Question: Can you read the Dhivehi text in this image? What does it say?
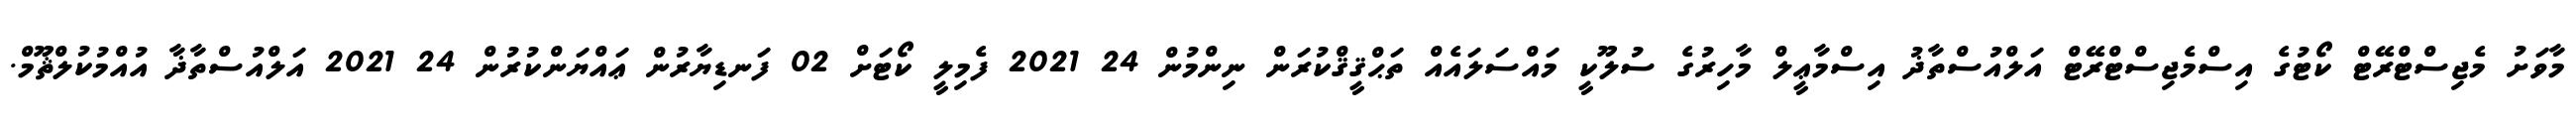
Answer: މާވަށު މެޖިސްޓްރޭޓް ކޯޓުގެ އިސްމެޖިސްޓްރޭޓް އަލްއުސްތާޛު އިސްމާޢީލް މާހިރުގެ ސުލޫކީ މައްސަލައެއް ތަޙްޤީޤްކުރަން ނިންމުން 24 2021 ފެމިލީ ކޯޓަށް 02 ފަނޑިޔާރުން ޢައްޔަންކުރުން 24 2021 އަލްއުސްތާޛާ އުއްމުކުލްޘޫމް.